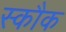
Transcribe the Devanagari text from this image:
स्कौक